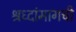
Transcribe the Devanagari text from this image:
श्रध्दांमागची